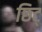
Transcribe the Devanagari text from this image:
छिट्